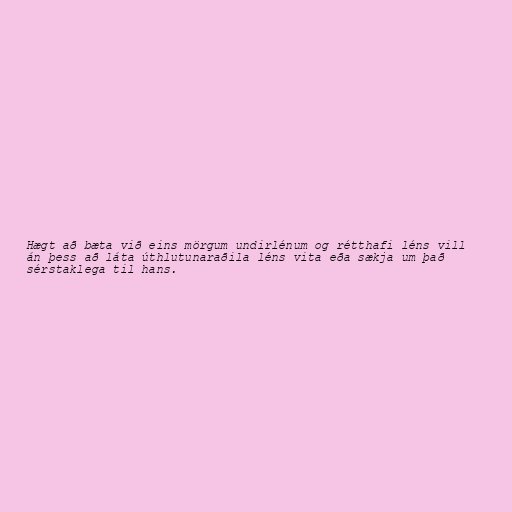
Hægt að bæta við eins mörgum undirlénum og rétthafi léns vill
án þess að láta úthlutunaraðila léns vita eða sækja um það
sérstaklega til hans.